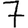
Digit: 7